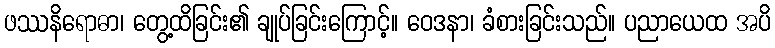
ဖဿနိရောဓာ၊ တွေ့ထိခြင်း၏ ချုပ်ခြင်းကြောင့်။ ဝေဒနာ၊ ခံစားခြင်းသည်။ ပညာယေထ အပိ